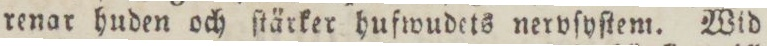
renar huden och ſtärker hufwudets nervſyſtem. Wid